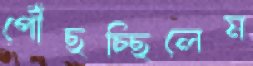
পৌঁছচ্ছিলেম